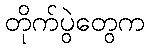
တိုက်ပွဲတွေက